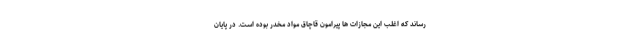
رساند که اغلب این مجازات ها پیرامون قاچاق مواد مخدر بوده است. در پایان